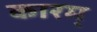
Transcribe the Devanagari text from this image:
कारम्